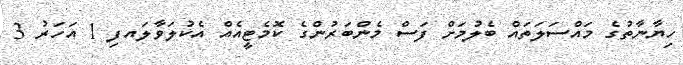
ހިޔާނާތުގެ މައްސަލަތައް ބެލުމަށް ފަސް މެންބަރުންގެ ކޮމެޓީއެއް އެކުލަވާލައފި 1 އަހަރު 3